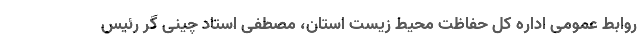
روابط عمومی اداره کل حفاظت محیط زیست استان، مصطفی استاد چینی گر رئیس